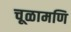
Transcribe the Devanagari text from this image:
चूळामणि